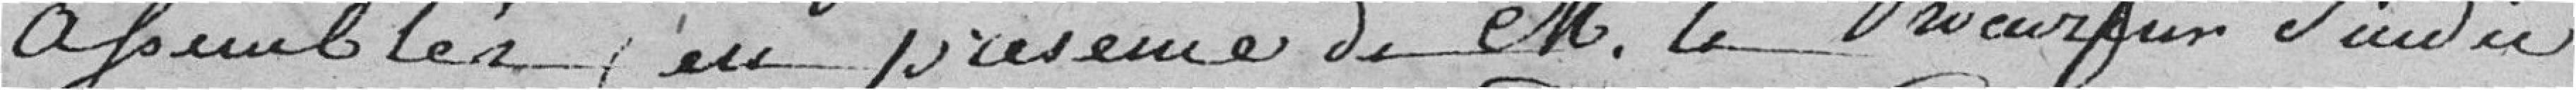
assemblés en présence de Monsieur le Procureur syndic